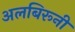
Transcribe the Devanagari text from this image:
अलबिरूनी